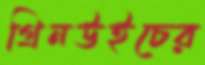
গ্রিনউইচের